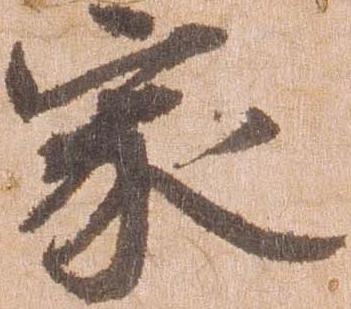
家